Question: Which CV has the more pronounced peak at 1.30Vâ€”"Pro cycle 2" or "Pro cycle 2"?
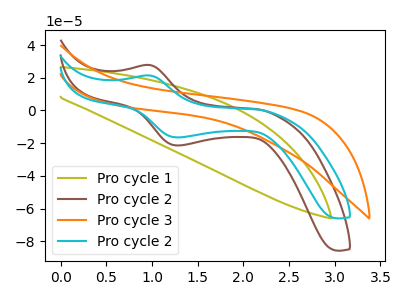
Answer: <think>The olive curve "Pro cycle 1" has no peaks. The brown curve "Pro cycle 2" has an anodic peak at (0.95V, 27.80uA) and a cathodic peak at (1.30V, -21.40uA). The orange curve "Pro cycle 3" has no peaks. The cyan curve "Pro cycle 2" has an anodic peak at (0.95V, 21.40uA) and a cathodic peak at (1.30V, -16.45uA).</think>
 <answer>The peak at 1.30V is lower in "Pro cycle 2" than in "Pro cycle 2".</answer>
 <eval>lower</eval>